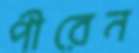
পীরেন